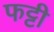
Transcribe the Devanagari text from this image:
फट्टी